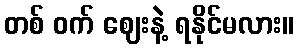
တစ် ဝက် ဈေးနဲ့ ရနိုင်မလား။